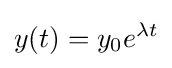
y(t)=y_{0}e^{\lambda t}